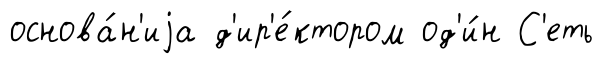
основа́н'иjа д'ир'е́ктором од'и́н С'еть